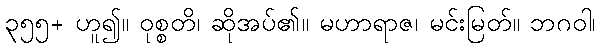
၃၅၅+ ဟူ၍။ ဝုစ္စတိ၊ ဆိုအပ်၏။ မဟာရာဇ၊ မင်းမြတ်။ ဘဂဝါ၊